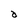
Character: d